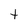
Character: t